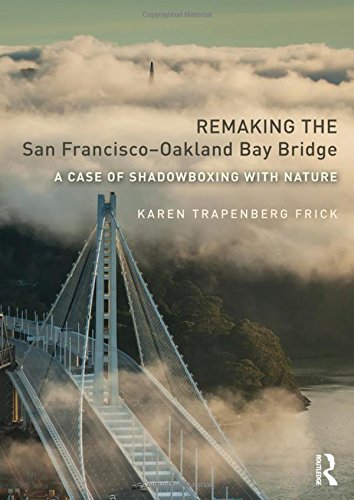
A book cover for Remaking the San Francisco-Oakland Bay Bridge: A Case of Shadowboxing with Nature (Planning, History and Environment Series); Karen Trapenberg Frick; Arts & Photography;